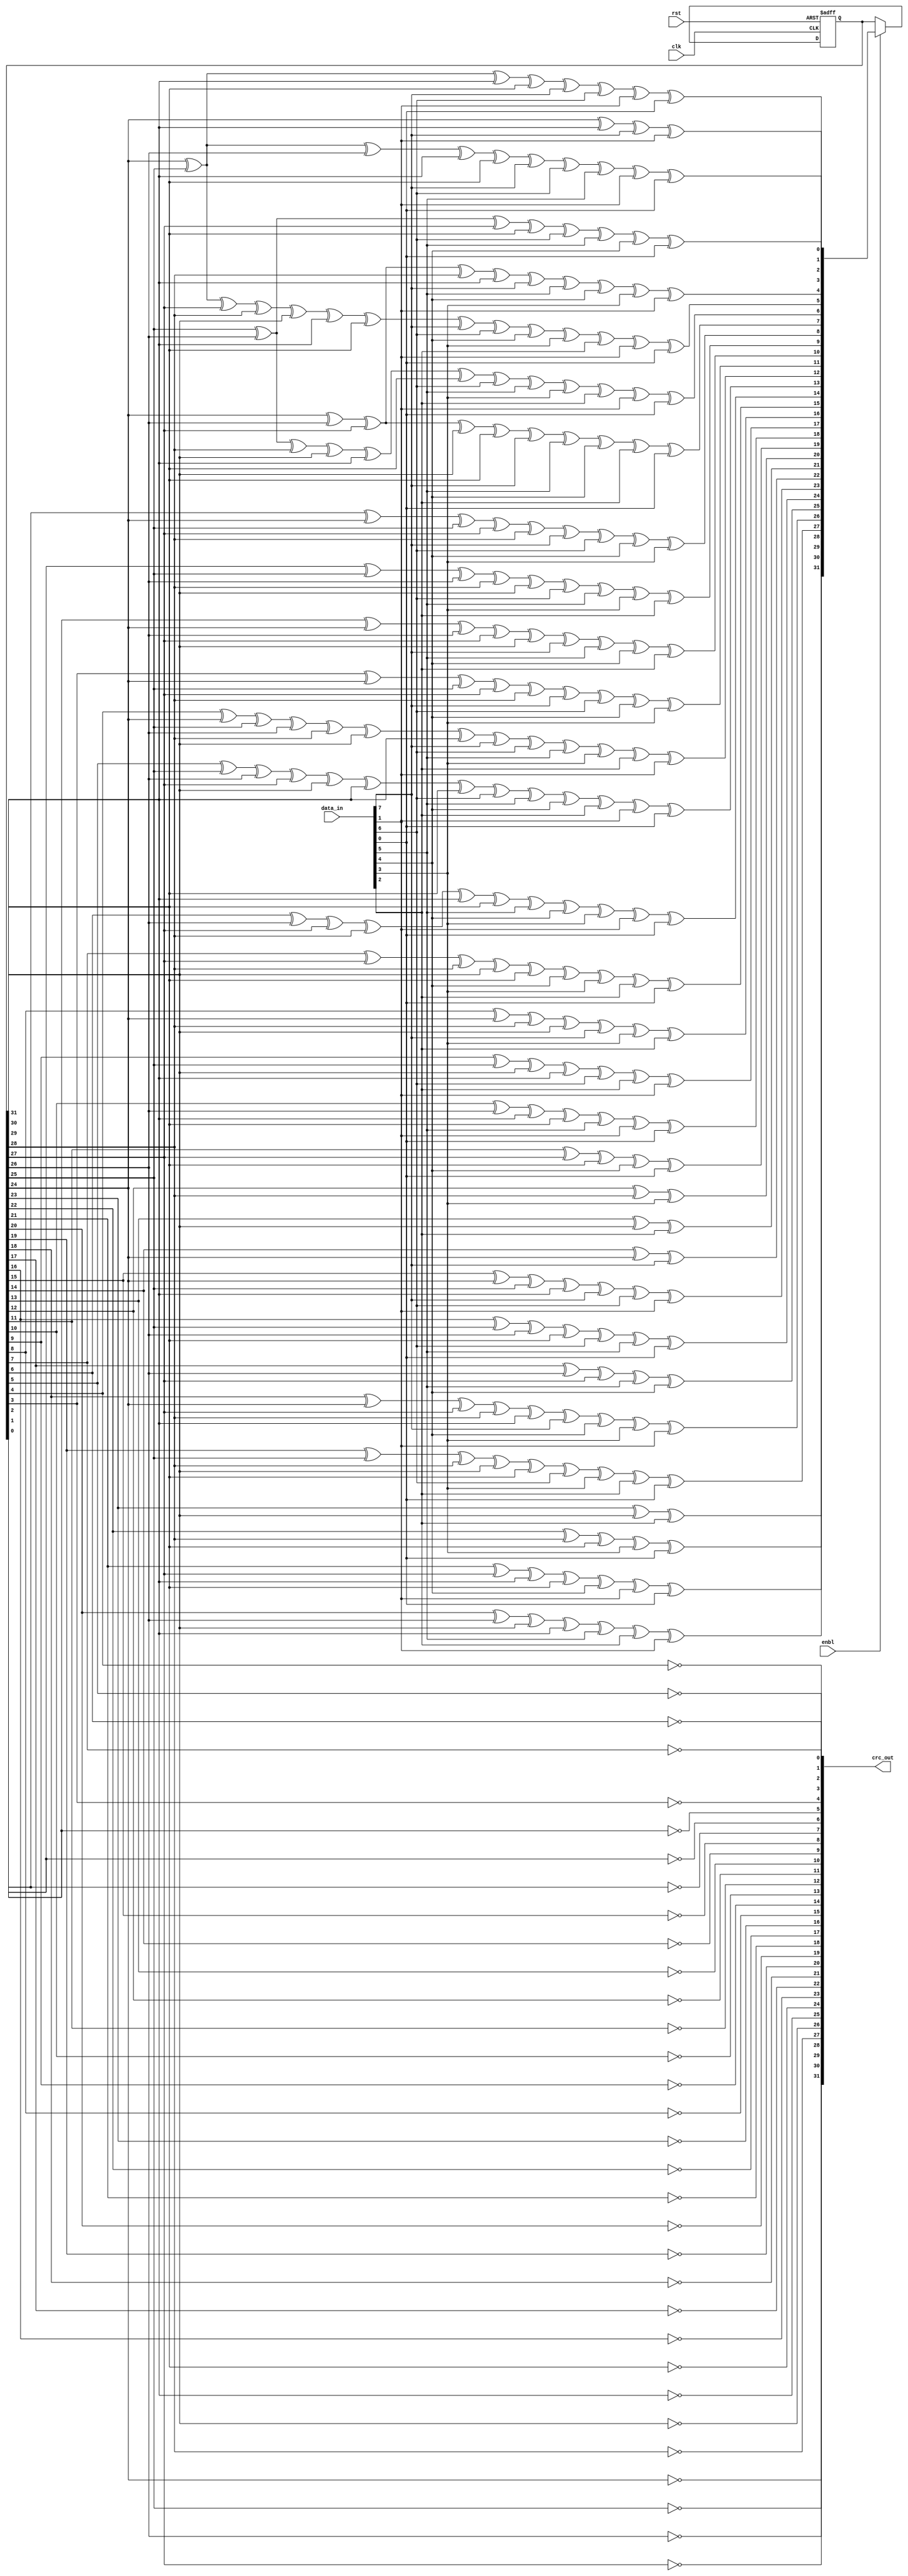
module crc_calc(
	input clk,
	input rst,
	input enbl,
	input [7:0] data_in,
	output [31:0] crc_out
);
	wire [31:0] lfsr_c   ;
	reg  [31:0] lfsr_q   ;
	wire  [7:0] data_loc ;
	
	initial begin
		lfsr_q <= 0;
	end
	
	assign data_loc  [0] =  data_in  [7] ;
	assign data_loc  [1] =  data_in  [6] ;
	assign data_loc  [2] =  data_in  [5] ;
	assign data_loc  [3] =  data_in  [4] ;
	assign data_loc  [4] =  data_in  [3] ;
	assign data_loc  [5] =  data_in  [2] ;
	assign data_loc  [6] =  data_in  [1] ;
	assign data_loc  [7] =  data_in  [0] ;
	assign crc_out  [24] = !lfsr_q  [31] ;
	assign crc_out  [25] = !lfsr_q  [30] ;
	assign crc_out  [26] = !lfsr_q  [29] ;
	assign crc_out  [27] = !lfsr_q  [28] ;
	assign crc_out  [28] = !lfsr_q  [27] ;
	assign crc_out  [29] = !lfsr_q  [26] ;
	assign crc_out  [30] = !lfsr_q  [25] ;
	assign crc_out  [31] = !lfsr_q  [24] ;
	assign crc_out  [16] = !lfsr_q  [23] ;
	assign crc_out  [17] = !lfsr_q  [22] ;
	assign crc_out  [18] = !lfsr_q  [21] ;
	assign crc_out  [19] = !lfsr_q  [20] ;
	assign crc_out  [20] = !lfsr_q  [19] ;
	assign crc_out  [21] = !lfsr_q  [18] ;
	assign crc_out  [22] = !lfsr_q  [17] ;
	assign crc_out  [23] = !lfsr_q  [16] ;
	assign crc_out   [8] = !lfsr_q  [15] ;
	assign crc_out   [9] = !lfsr_q  [14] ;
	assign crc_out  [10] = !lfsr_q  [13] ;
	assign crc_out  [11] = !lfsr_q  [12] ;
	assign crc_out  [12] = !lfsr_q  [11] ;
	assign crc_out  [13] = !lfsr_q  [10] ;
	assign crc_out  [14] = !lfsr_q   [9] ;
	assign crc_out  [15] = !lfsr_q   [8] ;
	assign crc_out   [0] = !lfsr_q   [7] ;
	assign crc_out   [1] = !lfsr_q   [6] ;
	assign crc_out   [2] = !lfsr_q   [5] ;
	assign crc_out   [3] = !lfsr_q   [4] ;
	assign crc_out   [4] = !lfsr_q   [3] ;
	assign crc_out   [5] = !lfsr_q   [2] ;
	assign crc_out   [6] = !lfsr_q   [1] ;
	assign crc_out   [7] = !lfsr_q   [0] ;
	assign lfsr_c    [0] =  lfsr_q  [24] ^ lfsr_q [30] ^ data_loc  [0] ^ data_loc  [6] ;
	assign lfsr_c    [1] =  lfsr_q  [24] ^ lfsr_q [25] ^ lfsr_q   [30] ^ lfsr_q   [31] ^ data_loc  [0] ^ data_loc  [1] ^ data_loc  [6] ^ data_loc [7] ;
	assign lfsr_c    [2] =  lfsr_q  [24] ^ lfsr_q [25] ^ lfsr_q   [26] ^ lfsr_q   [30] ^ lfsr_q   [31] ^ data_loc  [0] ^ data_loc  [1] ^ data_loc [2] ^ data_loc [6] ^ data_loc [7] ;
	assign lfsr_c    [3] =  lfsr_q  [25] ^ lfsr_q [26] ^ lfsr_q   [27] ^ lfsr_q   [31] ^ data_loc  [1] ^ data_loc  [2] ^ data_loc  [3] ^ data_loc [7] ;
	assign lfsr_c    [4] =  lfsr_q  [24] ^ lfsr_q [26] ^ lfsr_q   [27] ^ lfsr_q   [28] ^ lfsr_q   [30] ^ data_loc  [0] ^ data_loc  [2] ^ data_loc [3] ^ data_loc [4] ^ data_loc [6] ;
	assign lfsr_c    [5] =  lfsr_q  [24] ^ lfsr_q [25] ^ lfsr_q   [27] ^ lfsr_q   [28] ^ lfsr_q   [29] ^ lfsr_q   [30] ^ lfsr_q   [31] ^ data_loc [0] ^ data_loc [1] ^ data_loc [3] ^ data_loc [4] ^ data_loc [5] ^ data_loc [6] ^ data_loc [7] ;
	assign lfsr_c    [6] =  lfsr_q  [25] ^ lfsr_q [26] ^ lfsr_q   [28] ^ lfsr_q   [29] ^ lfsr_q   [30] ^ lfsr_q   [31] ^ data_loc  [1] ^ data_loc [2] ^ data_loc [4] ^ data_loc [5] ^ data_loc [6] ^ data_loc [7] ;
	assign lfsr_c    [7] =  lfsr_q  [24] ^ lfsr_q [26] ^ lfsr_q   [27] ^ lfsr_q   [29] ^ lfsr_q   [31] ^ data_loc  [0] ^ data_loc  [2] ^ data_loc [3] ^ data_loc [5] ^ data_loc [7] ;
	assign lfsr_c    [8] =  lfsr_q   [0] ^ lfsr_q [24] ^ lfsr_q   [25] ^ lfsr_q   [27] ^ lfsr_q   [28] ^ data_loc  [0] ^ data_loc  [1] ^ data_loc [3] ^ data_loc [4] ;
	assign lfsr_c    [9] =  lfsr_q   [1] ^ lfsr_q [25] ^ lfsr_q   [26] ^ lfsr_q   [28] ^ lfsr_q   [29] ^ data_loc  [1] ^ data_loc  [2] ^ data_loc [4] ^ data_loc [5] ;
	assign lfsr_c   [10] =  lfsr_q   [2] ^ lfsr_q [24] ^ lfsr_q   [26] ^ lfsr_q   [27] ^ lfsr_q   [29] ^ data_loc  [0] ^ data_loc  [2] ^ data_loc [3] ^ data_loc [5] ;
	assign lfsr_c   [11] =  lfsr_q   [3] ^ lfsr_q [24] ^ lfsr_q   [25] ^ lfsr_q   [27] ^ lfsr_q   [28] ^ data_loc  [0] ^ data_loc  [1] ^ data_loc [3] ^ data_loc [4] ;
	assign lfsr_c   [12] =  lfsr_q   [4] ^ lfsr_q [24] ^ lfsr_q   [25] ^ lfsr_q   [26] ^ lfsr_q   [28] ^ lfsr_q   [29] ^ lfsr_q   [30] ^ data_loc [0] ^ data_loc [1] ^ data_loc [2] ^ data_loc [4] ^ data_loc [5] ^ data_loc [6] ;
	assign lfsr_c   [13] =  lfsr_q   [5] ^ lfsr_q [25] ^ lfsr_q   [26] ^ lfsr_q   [27] ^ lfsr_q   [29] ^ lfsr_q   [30] ^ lfsr_q   [31] ^ data_loc [1] ^ data_loc [2] ^ data_loc [3] ^ data_loc [5] ^ data_loc [6] ^ data_loc [7] ;
	assign lfsr_c   [14] =  lfsr_q   [6] ^ lfsr_q [26] ^ lfsr_q   [27] ^ lfsr_q   [28] ^ lfsr_q   [30] ^ lfsr_q   [31] ^ data_loc  [2] ^ data_loc [3] ^ data_loc [4] ^ data_loc [6] ^ data_loc [7] ;
	assign lfsr_c   [15] =  lfsr_q   [7] ^ lfsr_q [27] ^ lfsr_q   [28] ^ lfsr_q   [29] ^ lfsr_q   [31] ^ data_loc  [3] ^ data_loc  [4] ^ data_loc [5] ^ data_loc [7] ;
	assign lfsr_c   [16] =  lfsr_q   [8] ^ lfsr_q [24] ^ lfsr_q   [28] ^ lfsr_q   [29] ^ data_loc  [0] ^ data_loc  [4] ^ data_loc  [5] ;
	assign lfsr_c   [17] =  lfsr_q   [9] ^ lfsr_q [25] ^ lfsr_q   [29] ^ lfsr_q   [30] ^ data_loc  [1] ^ data_loc  [5] ^ data_loc  [6] ;
	assign lfsr_c   [18] =  lfsr_q  [10] ^ lfsr_q [26] ^ lfsr_q   [30] ^ lfsr_q   [31] ^ data_loc  [2] ^ data_loc  [6] ^ data_loc  [7] ;
	assign lfsr_c   [19] =  lfsr_q  [11] ^ lfsr_q [27] ^ lfsr_q   [31] ^ data_loc  [3] ^ data_loc  [7] ;
	assign lfsr_c   [20] =  lfsr_q  [12] ^ lfsr_q [28] ^ data_loc  [4] ;
	assign lfsr_c   [21] =  lfsr_q  [13] ^ lfsr_q [29] ^ data_loc  [5] ;
	assign lfsr_c   [22] =  lfsr_q  [14] ^ lfsr_q [24] ^ data_loc  [0] ;
	assign lfsr_c   [23] =  lfsr_q  [15] ^ lfsr_q [24] ^ lfsr_q   [25] ^ lfsr_q   [30] ^ data_loc  [0] ^ data_loc  [1] ^ data_loc  [6] ;
	assign lfsr_c   [24] =  lfsr_q  [16] ^ lfsr_q [25] ^ lfsr_q   [26] ^ lfsr_q   [31] ^ data_loc  [1] ^ data_loc  [2] ^ data_loc  [7] ;
	assign lfsr_c   [25] =  lfsr_q  [17] ^ lfsr_q [26] ^ lfsr_q   [27] ^ data_loc  [2] ^ data_loc  [3] ;
	assign lfsr_c   [26] =  lfsr_q  [18] ^ lfsr_q [24] ^ lfsr_q   [27] ^ lfsr_q   [28] ^ lfsr_q   [30] ^ data_loc  [0] ^ data_loc  [3] ^ data_loc [4] ^ data_loc [6] ;
	assign lfsr_c   [27] =  lfsr_q  [19] ^ lfsr_q [25] ^ lfsr_q   [28] ^ lfsr_q   [29] ^ lfsr_q   [31] ^ data_loc  [1] ^ data_loc  [4] ^ data_loc [5] ^ data_loc [7] ;
	assign lfsr_c   [28] =  lfsr_q  [20] ^ lfsr_q [26] ^ lfsr_q   [29] ^ lfsr_q   [30] ^ data_loc  [2] ^ data_loc  [5] ^ data_loc  [6] ;
	assign lfsr_c   [29] =  lfsr_q  [21] ^ lfsr_q [27] ^ lfsr_q   [30] ^ lfsr_q   [31] ^ data_loc  [3] ^ data_loc  [6] ^ data_loc  [7] ;
	assign lfsr_c   [30] =  lfsr_q  [22] ^ lfsr_q [28] ^ lfsr_q   [31] ^ data_loc  [4] ^ data_loc  [7] ;
	assign lfsr_c   [31] =  lfsr_q  [23] ^ lfsr_q [29] ^ data_loc  [5] ;
	
	always @(posedge clk, posedge rst)
		if (rst) lfsr_q [31:0] <= 32'hFF_FF_FF_FF ;
			else if (enbl) lfsr_q [31:0] <= lfsr_c [31:0] ;
				else ;
	
endmodule